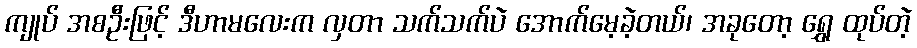
ကျုပ် အစဦးဖြင့် ဒီဟာမလေးက လှတာ သက်သက်ပဲ အောက်မေ့ခဲ့တယ်၊ အခုတော့ ရွှေ ထုပ်တဲ့